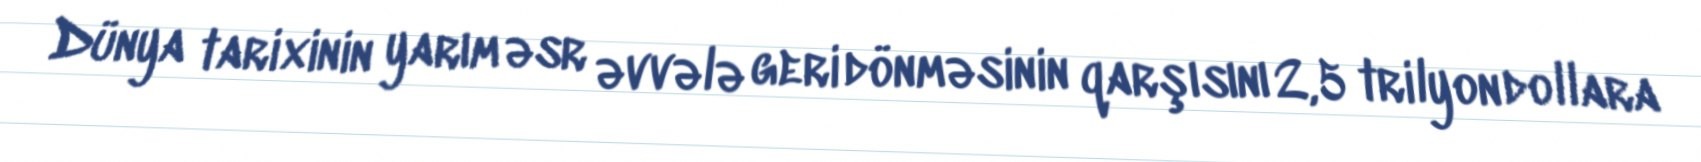
Dünya tarixinin yarım əsr əvvələ geri dönməsinin qarşısını 2,5 trilyon dollara